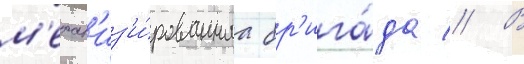
м'ехан'из'и́рованнаа бр'ига́да // В